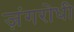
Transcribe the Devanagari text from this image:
ज़ंगरोधी